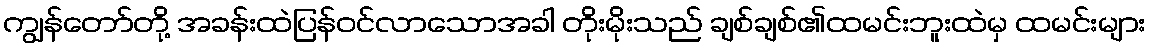
ကျွန်တော်တို့ အခန်းထဲပြန်ဝင်လာသောအခါ တိုးမိုးသည် ချစ်ချစ်၏ထမင်းဘူးထဲမှ ထမင်းများ